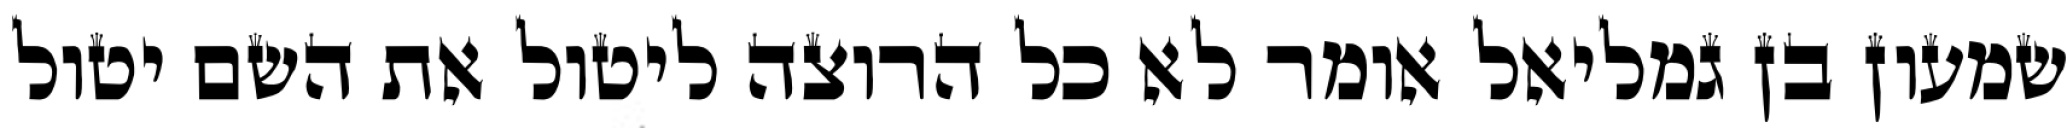
שמעון בן גמליאל אומר לא כל הרוצה ליטול את השם יטול